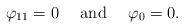
LaTeX: \begin{align*}\varphi _{11}=0\ \ \ \ \mathrm{and}\ \ \ \ \varphi _{0}=0. \end{align*}